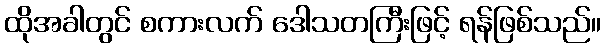
ထိုအခါတွင် စကားလက် ဒေါသတကြီးဖြင့် ရန်ဖြစ်သည်။